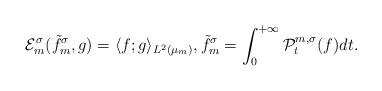
LaTeX: \begin{align*}\mathcal{E}_m^\sigma(\tilde{f}_m^\sigma,g) = \langle f;g \rangle_{L^2(\mu_m)}, \tilde{f}_m^\sigma = \int_0^{+\infty} \mathcal{P}^{m,\sigma}_t(f) dt.\end{align*}